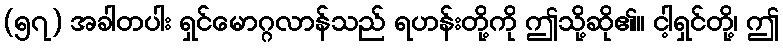
(၅၇) အခါတပါး ရှင်မောဂ္ဂလာန်သည် ရဟန်းတို့ကို ဤသို့ဆို၏။ ငါ့ရှင်တို့၊ ဤ